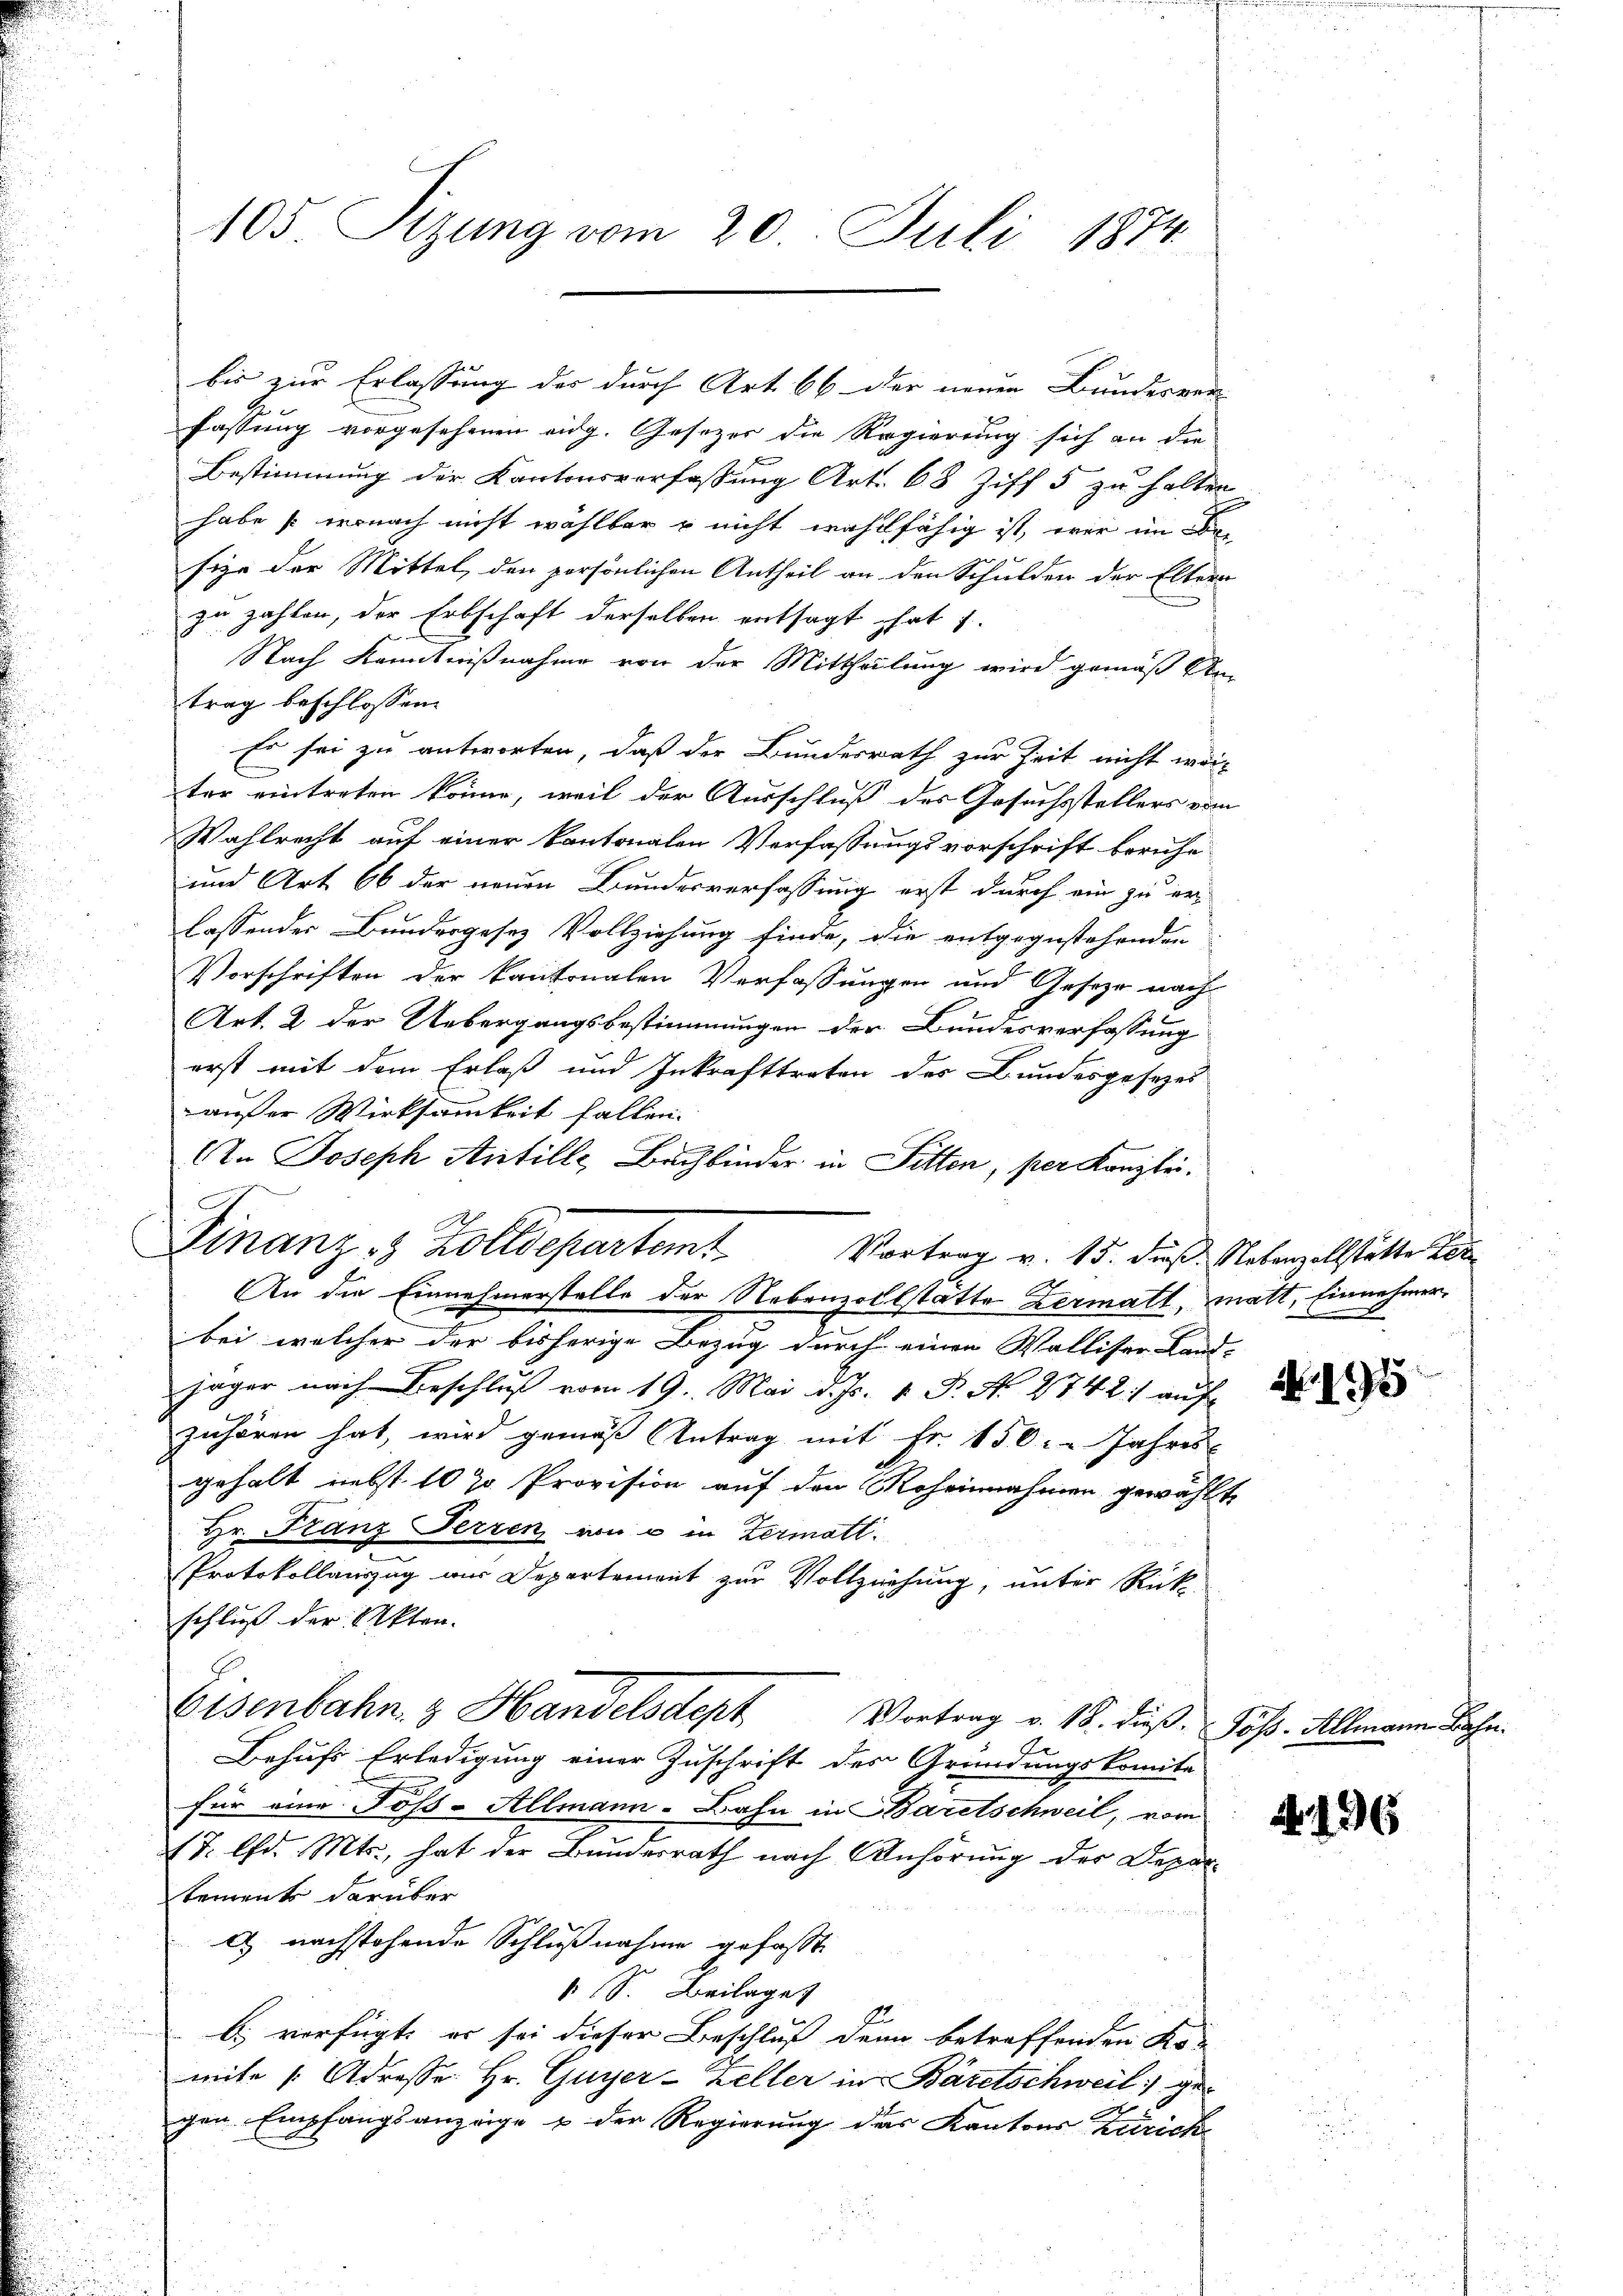
105 Sitzung vom 20. Juli 1874.

fassung vorgesehenen eidg. Gesetzer die Regierung sich an die
Bestimmung der Kantonsverfassung Art. 68 Ziff 5 zu halten
habe so wonach nicht wahlbar – nicht wahlfähig ist, wir im Be-
size der Mittel, den persönlichen Antheil an den Schulden der Eltern
zu zahlen, der Erbschaft derselben entsagt hat i.
Nach Kenntnißnahme von der Mittheilung wird gemäß An-
trag beschlossen:
Es sei zu antworten, daß der Bunderrath zur Zeit nicht wei-
ter eintreten könne, weil der Ausschluß des Gesuchsstellers vom
Wahlrecht auf einer kantonalen Verfassungsvorschrift beruhe
und Art. 66 der neuen Bundesverfassung erst durch ein zu er-
lassendes Bundergesez Vollziehung finde, die entgegestehenden
Vorschriften der kantonalen Verfassungen und Geseze nach
Art. 2 der Uebergangsbestimmungen der Bundesverfassung
erst mit dem Erlaß und Inkrafttreten des Bundesgesezes
außer Wirksamkeit fallen.
An Joseph Antille, Bachbinder in Fitten, per Kanzlei.
Finanz- & Zolldepartamt
Vortrag v. 15. dieß. Nebenzollstätte
An die Einnehmerstelle der Nebenzollstatte Zermatt, matt, Einnehmer
bei welcher der bisherige Bezug durch einen Walliser Land-
jäger nach Beschluß vom 19. Mai d. Js. v. P. No. 2742) auf
zuhören hat, wird gemäß Antrag mit Fr. 150. Jahres
gehalt nebst 10 % Provision auf den Roheinnahmen gewählte
Hr. Franz Ferren von u in Zermatt.
Protokollauszug wir Departement zur Vollziehung, unter Rück-
schluß der Akten. |
Eisenbahn & Handelsdept
Vortrag v. 18. dieß Jos. Allmann Bahn.
Behufs Erledigung einer Zuschrift des Gründungskomite
für eine Pöss-Allmann-Bahn in Baretschweil, vom
T. lfd. Mts., hat der Bundesrath nach Anhörung der Departement darüber
a nachstehende Schlußnahme gefasst
S. Beilage
b. verfügt, er sei dieser Beschluß denn betreffenden Ko-
mite Adresse Hr. Guyer-Zeller in Bäretschweil gegen Empfangsanzeige & der Regierung das Kantons Zürich

bis zur Erlassung des durch Art. 66 der neuen Bundesver-

. 195

N 196